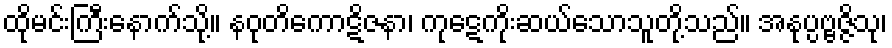
ထိုမင်းကြီးနောက်သို့။ နဝုတိကောဋိဇနာ၊ ကုဋေကိုးဆယ်သောသူတို့သည်။ အနုပ္ပဗ္ဗဇ္ဇိသု၊